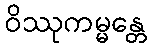
ဝိဿုကမ္မန္တေ